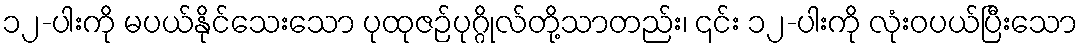
၁၂-ပါးကို မပယ်နိုင်သေးသော ပုထုဇဉ်ပုဂ္ဂိုလ်တို့သာတည်း၊ ၎င်း ၁၂-ပါးကို လုံးဝပယ်ပြီးသော